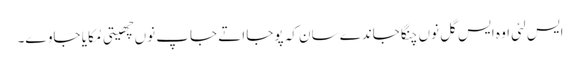
ایس لئی اوہ ایس گل نوں چنگا جاندے سان کہ پوجا اتے جاپ نوں چھیتی مُکایا جاوے۔